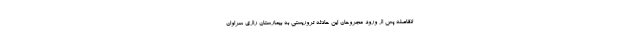
لافاصله پس از ورود مجروحان این حادثه تروریستی به بیمارستان رازی سراوان